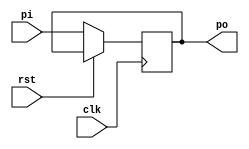
`timescale 1ns / 1ps
//////////////////////////////////////////////////////////////////////////////////
// Company: 
// Engineer: 
// 
// Design Name: 
// Module Name:    PIPO 
// Project Name: 
// Target Devices: 
// Tool versions: 
// Description: 
//
// Dependencies: 
//
// Revision: 
// Revision 0.01 - File Created
// Additional Comments: 
//
//////////////////////////////////////////////////////////////////////////////////
module PIPO(po,pi,clk,rst);
input [3:0]pi;
input clk,rst;
output reg [3:0]po;
reg [3:0]temp;
always @(posedge clk)
begin
if(rst)
temp=4'b0000;
else
begin
temp=pi;
po=temp;
end
end
endmodule